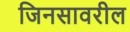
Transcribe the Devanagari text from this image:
जिनसावरील